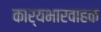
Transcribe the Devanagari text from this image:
कार्यभारवाहक